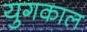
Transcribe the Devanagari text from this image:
युगकाल